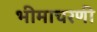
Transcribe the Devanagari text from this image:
भीमाचरणी